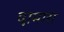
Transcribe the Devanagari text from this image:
दामारा